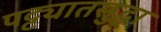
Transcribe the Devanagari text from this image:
पट्ट्यातसुद्धा